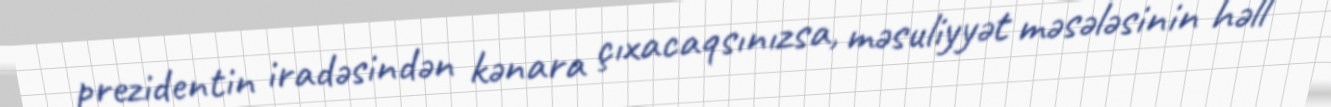
prezidentin iradəsindən kənara çıxacaqsınızsa, məsuliyyət məsələsinin həll